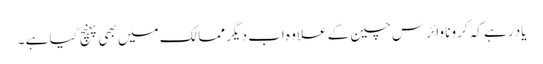
یاد رہے کہ کرونا وائرس چین کے علاوہ اب دیگر ممالک میں بھی پہنچ گیا ہے ۔